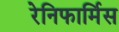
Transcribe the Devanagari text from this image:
रेनिफार्मिस